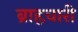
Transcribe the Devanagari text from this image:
ब्राहृचारी